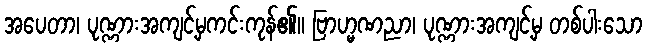
အပေတာ၊ ပုဏ္ဏားအကျင့်မှကင်းကုန်၏။ ဗြာဟ္မဏညာ၊ ပုဏ္ဏားအကျင့်မှ တစ်ပါးသော